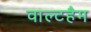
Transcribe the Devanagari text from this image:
वाल्टहैम